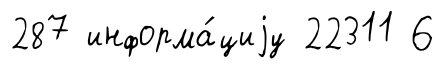
287 информа́циjу 22311 6